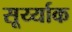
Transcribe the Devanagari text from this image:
सूर्य्याक